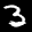
Label: 3